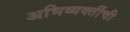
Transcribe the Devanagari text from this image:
अभिव्यक्तींची